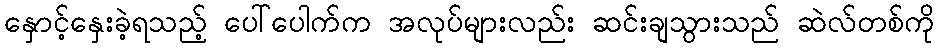
နှောင့်နှေးခဲ့ရသည့် ပေါ်ပေါက်က အလုပ်များလည်း ဆင်းချသွားသည် ဆဲလ်တစ်ကို